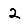
Digit: 2